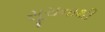
સૂચનાથી